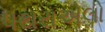
પથરાએલો